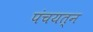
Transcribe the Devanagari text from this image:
पंचयत्‍न